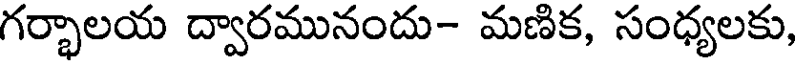
గర్భాలయ ద్వారమునందు- మణిక, సంధ్యలకు,